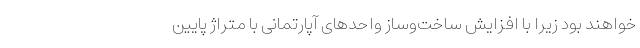
خواهند بود زیرا با افزایش ساخت‌وساز واحدهای آپارتمانی با متراژ پایین